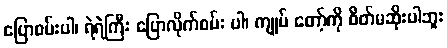
ပြောစမ်းပါ၊ ရဲရဲကြီး ပြောလိုက်စမ်း ပါ၊ ကျုပ် တော့်ကို စိတ်မဆိုးပါဘူး